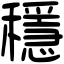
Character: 穩